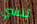
تنسي